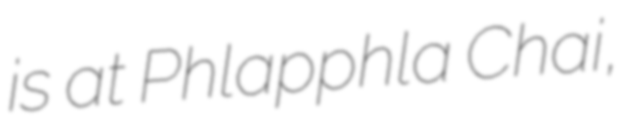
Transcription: is at Phlapphla Chai,